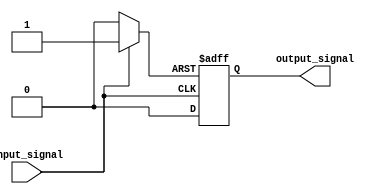
module push_pull_buffer (
    input wire input_signal,
    output reg output_signal
);

reg p_type_transistor;
reg n_type_transistor;

always @ (input_signal) begin
    if(input_signal == 1'b1) begin
        p_type_transistor = 1'b1;
        n_type_transistor = 1'b0;
    end else begin
        p_type_transistor = 1'b0;
        n_type_transistor = 1'b1;
    end
end

always @ (posedge p_type_transistor or posedge n_type_transistor) begin
    if(p_type_transistor == 1'b1) begin
        output_signal <= 1'b1;
    end else begin
        output_signal <= 1'b0;
    end
end

endmodule